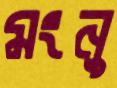
মংনু